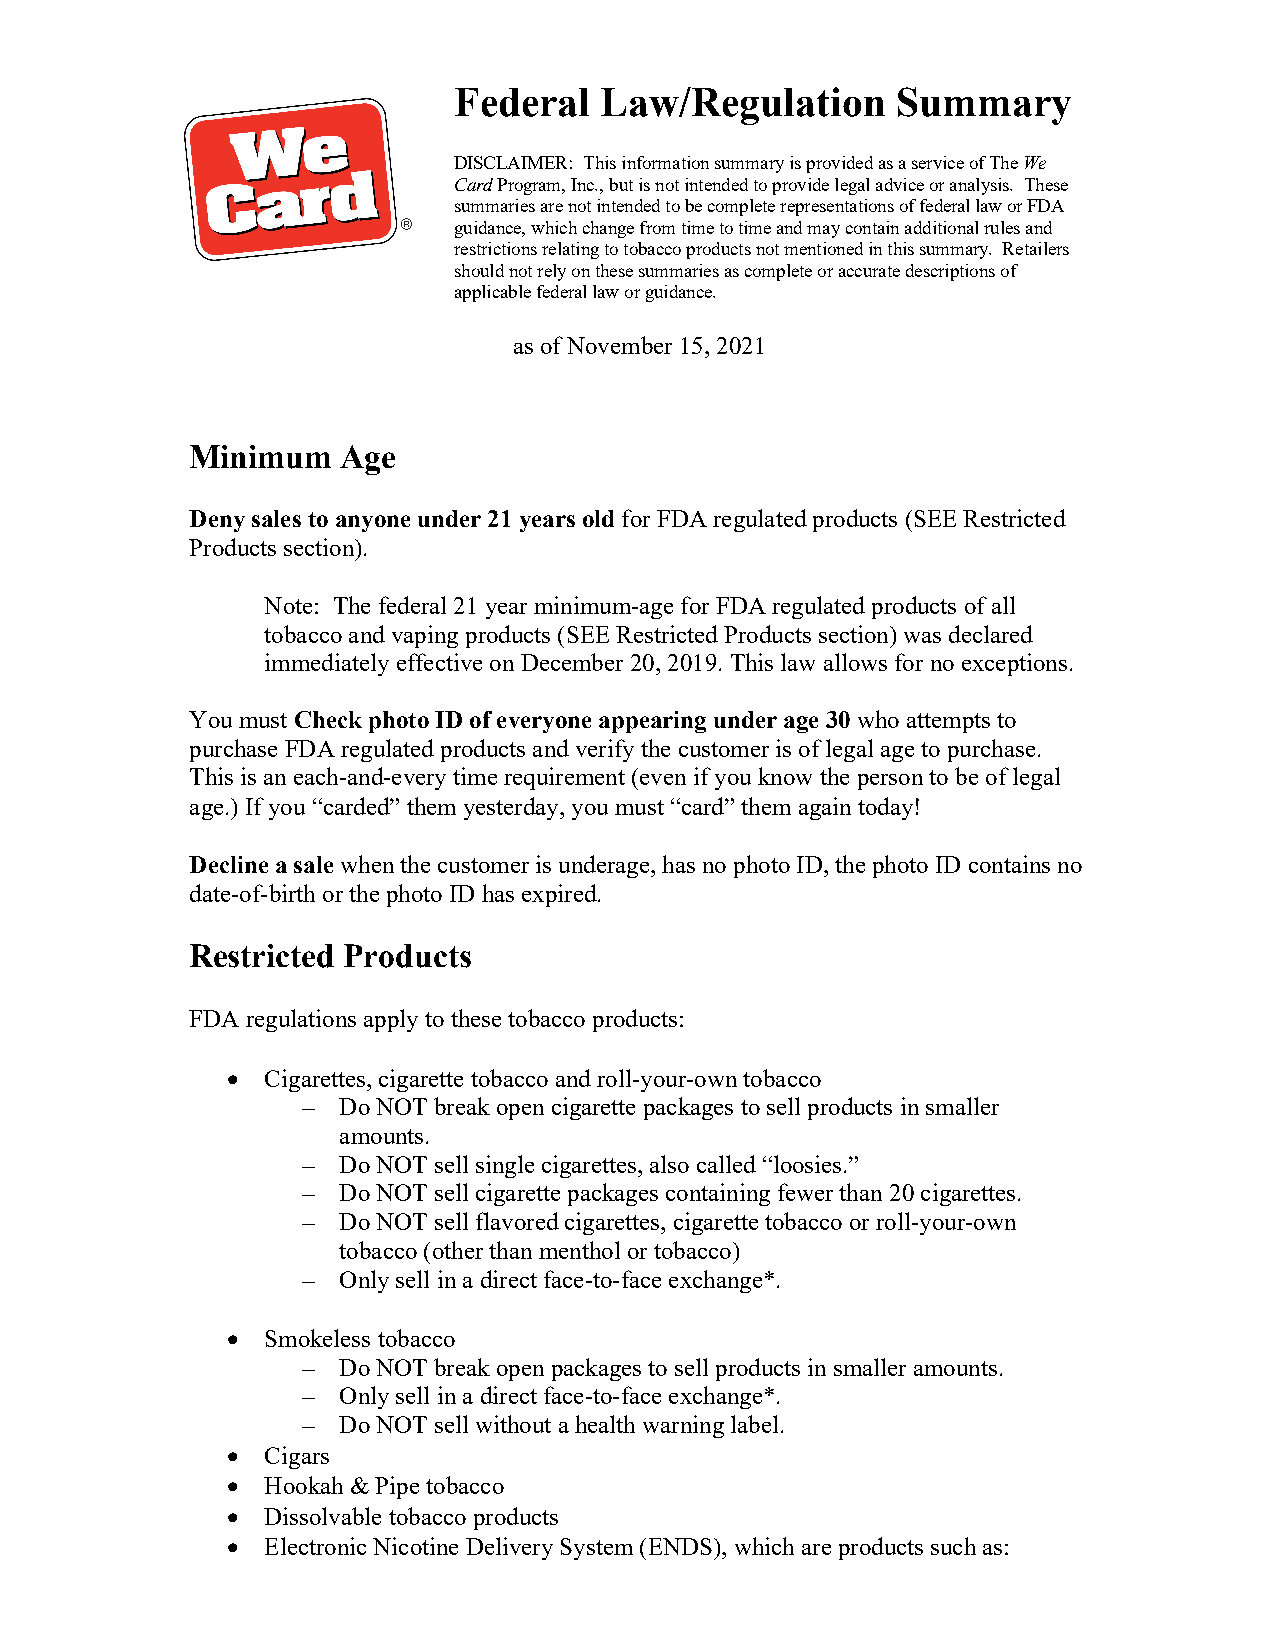
Federal   Law/Regulation     Summary
 DISCLAIMER: This information summary is provided as a service of The We
 Card Program, Inc., but is not intended to provide legal advice or analysis. These
 summaries are not intended to be complete representations of federal law or FDA
 guidance, which change from time to time and may contain additional rules and
 restrictions relating to tobacco products not mentioned in this summary. Retailers
 should not rely on these summaries as complete or accurate descriptions of
 applicable federal law or guidance.
 as of November 15, 2021
 Minimum   Age
 Deny sales to anyone under 21 years old for FDA regulated products (SEE Restricted
 Products section).
 Note: The federal 21 year minimum-age for FDA regulated products of all
 tobacco and vaping products (SEE Restricted Products section) was declared
 immediately effective on December 20, 2019. This law allows for no exceptions.
 You must Check photo ID of everyone appearing under age 30 who attempts to
 purchase FDA regulated products and verify the customer is of legal age to purchase.
 This is an each-and-every time requirement (even if you know the person to be of legal
 age.) If you “carded” them yesterday, you must “card” them again today!
 Decline a sale when the customer is underage, has no photo ID, the photo ID contains no
 date-of-birth or the photo ID has expired.
 Restricted Products
 FDA regulations apply to these tobacco products:
 •  Cigarettes, cigarette tobacco and roll-your-own tobacco
 – Do NOT break open cigarette packages to sell products in smaller
 amounts.
 – Do NOT sell single cigarettes, also called “loosies.”
 – Do NOT sell cigarette packages containing fewer than 20 cigarettes.
 – Do NOT sell flavored cigarettes, cigarette tobacco or roll-your-own
 tobacco (other than menthol or tobacco)
 – Only sell in a direct face-to-face exchange*.
 •  Smokeless tobacco
 – Do NOT break open packages to sell products in smaller amounts.
 – Only sell in a direct face-to-face exchange*.
 – Do NOT sell without a health warning label.
 •  Cigars
 •  Hookah & Pipe tobacco
 •  Dissolvable tobacco products
 •  Electronic Nicotine Delivery System (ENDS), which are products such as: